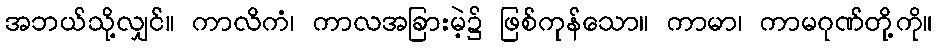
အဘယ်သို့လျှင်။ ကာလိကံ၊ ကာလအခြားမဲ့၌ ဖြစ်ကုန်သော။ ကာမာ၊ ကာမဂုဏ်တို့ကို။